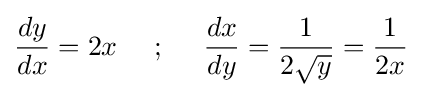
{\frac {dy}{dx}}=2x{\mbox{ }}{\mbox{ }}{\mbox{ }}{\mbox{ }};{\mbox{ }}{\mbox{ }}{\mbox{ }}{\mbox{ }}{\frac {dx}{dy}}={\frac {1}{2{\sqrt {y}}}}={\frac {1}{2x}}